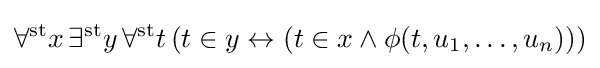
\forall ^{\mathrm {st} }x\,\exists ^{\mathrm {st} }y\,\forall ^{\mathrm {st} }t\,(t\in y\leftrightarrow (t\in x\land \phi (t,u_{1},\dots ,u_{n})))